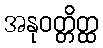
အနုဝတ္တိတ္ထ